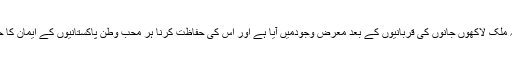
کیونکہ یہ ملک لاکھوں جانوں کی قربانیوں کے بعد معرض وجودمیں آیا ہے اور اس کی حفاظت کرنا ہر محب وطن پاکستانیوں کے ایمان کا حصہ ہے۔